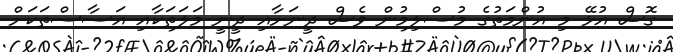
ގޮސް އުޅޭ މި އުންމަތުގެ މުސްލިމުން ވެސް ދީނަށާއި ދީނީ މަލަތަކާއި އަސާސްތަކަށް